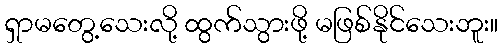
ရှာမတွေ့သေးလို့ ထွက်သွားဖို့ မဖြစ်နိုင်သေးဘူး။